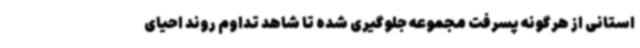
استانی از هرگونه پسرفت مجموعه جلوگیری شده تا شاهد تداوم روند احیای